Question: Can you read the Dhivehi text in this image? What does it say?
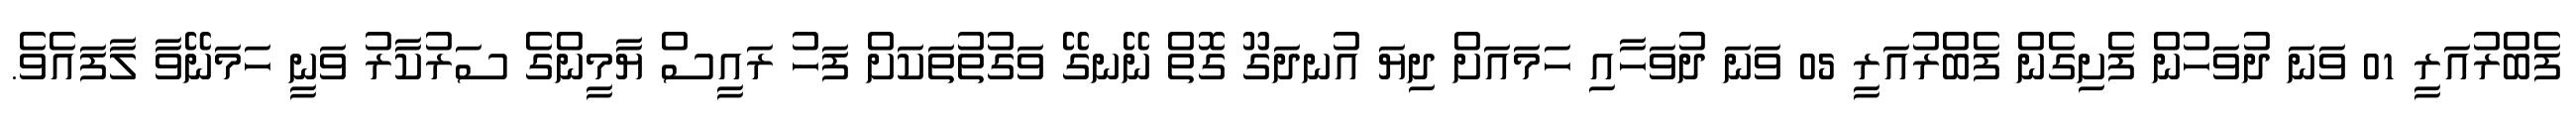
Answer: ފެބްރުއަރީ 01 ވަނަ ދުވަހުން ފެށިގެން ފެބްރުއަރީ 05 ވަނަ ދުވަހާއި ހަމައަށް ދިޔަ އުނދަގޫ ގޮތް ނޭނގޭ ވަގުތުތަކަށް ފަހު ރައީސް ޔާމީންގެ ސަރުކާރު ވަނީ ހަމަނޭވާ ލާފައެވެ.